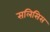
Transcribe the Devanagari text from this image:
सलिसिस